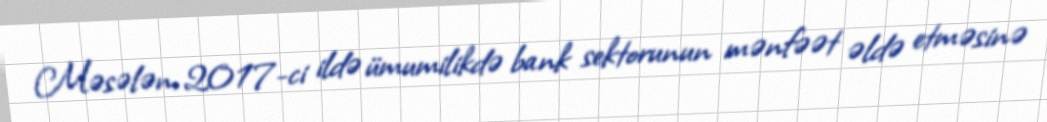
Məsələn, 2017-ci ildə ümumilikdə bank sektorunun mənfəət əldə etməsinə